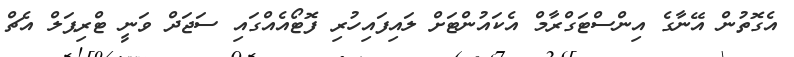
އެގޮތުން އޭނާގެ އިންސްޓަގްރާމް އެކައުންޓަަށް ލައިފައިހުރި ފޮޓޯއެއްގައި ސަޖަދް ވަނީ ޓްރިޕަލް އެޗް